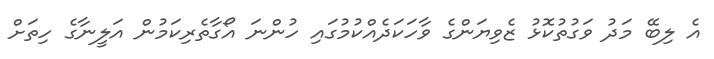
އެ ލިބޭ މަދު ވަގުތުކޮޅު ޒެވިޔަންގެ ވާހަކަދެއްކުމުގައި ހުންނަ އޯގާތެރިކަމުން އަލީނާގެ ހިތަށް